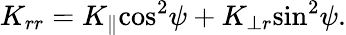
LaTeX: K_{rr}=K_{\parallel}{\cos}^{2}\psi+K_{\perp r}{\sin}^{2}\psi.